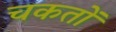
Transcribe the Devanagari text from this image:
चकतों